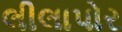
લીલાપોર